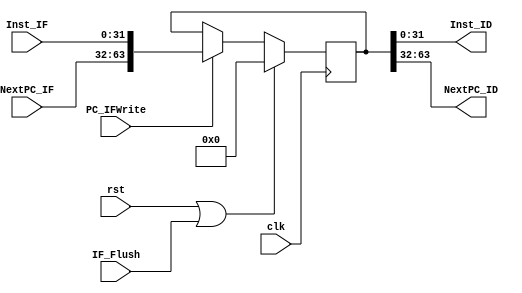
`timescale 1ns / 1ps
//////////////////////////////////////////////////////////////////////////////////
// Company: 
// Engineer: 
// 
// Design Name: 
// Module Name:    CPU_module_IF_ID_REG 
// Project Name: 
// Target Devices: 
// Tool versions: 
// Description: 
//
// Dependencies: 
//
// Revision: 
// Revision 0.01 - File Created
// Additional Comments: 
//
//////////////////////////////////////////////////////////////////////////////////
module CPU_module_IF_ID_REG(
	input wire rst, clk,
	input wire[31:0] Inst_IF,
	input wire[31:0] NextPC_IF,
	input wire PC_IFWrite,	//data hazard
	input wire IF_Flush,	//branch hazard
	
	output wire[31:0] Inst_ID,
	output wire[31:0] NextPC_ID
);
	reg[63:0] cache;
	wire[63:0] cache_data = {NextPC_IF,Inst_IF};
	always @(posedge clk)
	begin
		if (rst | IF_Flush)
			cache <= 64'b0;
		else	if(PC_IFWrite)
			cache <= cache_data;
	end
	
	//assign {NextPC_ID, Inst_ID} = cache;
	assign NextPC_ID = cache[63:32];
	assign Inst_ID = cache[31:0];
	/*
	FDRE #(32) fdre_Inst(.D(Inst_IF), .C(clk), .CE(PC_IFWrite), .R(rst | IF_Flush), .Q(Inst_ID));
	FDRE #(32) fdre_NextPC(.D(NextPC_IF), .C(clk), .CE(PC_IFWrite), .R(rst | IF_Flush), .Q(NextPC_ID));
	*/
endmodule